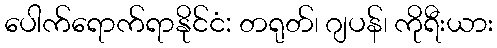
ပေါက်ရောက်ရာနိုင်ငံ: တရုတ်၊ ဂျပန်၊ ကိုရီးယား